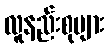
လူနည်းစုများ